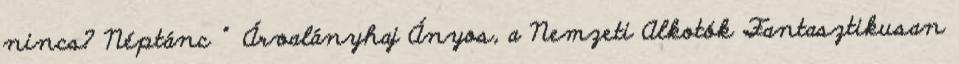
nincs? Néptánc ” Árvalányhaj Ányos, a Nemzeti Alkotók Fantasztikusan